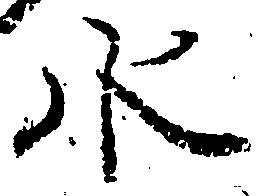
水